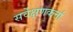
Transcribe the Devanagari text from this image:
सर्वेक्षणकर्त्ता